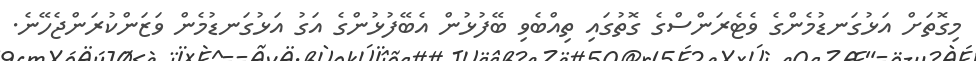
މިގޮތަށް އަޅުގަނޑުމެންގެ ވެޓެރަންސްގެ ގޮތުގައި ތިއްބެވި ބޭފުޅުން އެބޭފުޅުންގެ އަގު އަޅުގަނޑުމެން ވަޒަންކުރަންޖެހޭނެ.